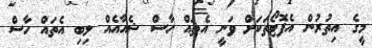
މީގެ އިތުރުން އެފޮޓޯތަކަށް ވަނީ އެތައް ހާސް ޝެއާއެއް ލިބި އެތައް ހާސް